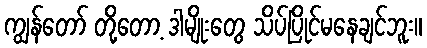
ကျွန်တော် တို့တော့ ဒါမျိုးတွေ သိပ်ပြိုင်မနေချင်ဘူး။